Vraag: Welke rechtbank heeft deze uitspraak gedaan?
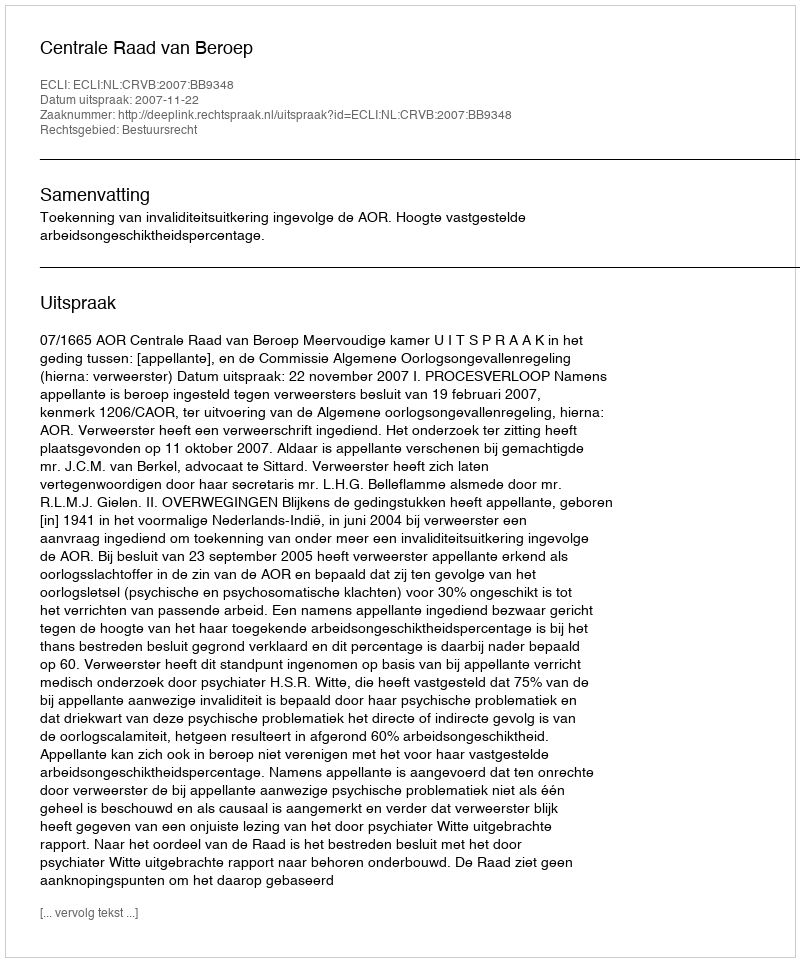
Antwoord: Centrale Raad van Beroep